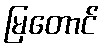
မြတောင်